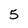
Character: 5